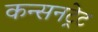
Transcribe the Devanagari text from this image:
कन्सनट्रेट